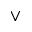
\vee